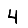
Digit: 4